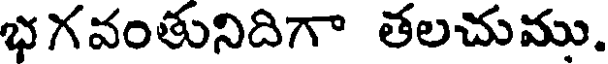
భగవంతునిదిగా తలచుము.